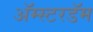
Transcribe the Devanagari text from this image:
अॅम्स्टरडॅम